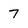
Character: 7